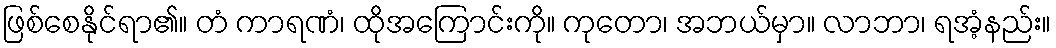
ဖြစ်စေနိုင်ရာ၏။ တံ ကာရဏံ၊ ထိုအကြောင်းကို။ ကုတော၊ အဘယ်မှာ။ လာဘာ၊ ရအံ့နည်း။